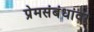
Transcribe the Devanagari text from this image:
प्रेमसंबंधांवर